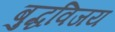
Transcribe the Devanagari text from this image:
बुद्धविजय